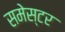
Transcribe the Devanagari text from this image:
समेस्टर